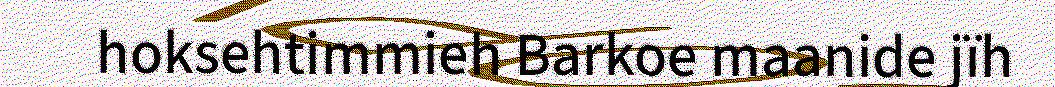
hoksehtimmieh Barkoe maanide jïh